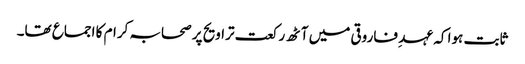
ثابت ہوا کہ عہد ِ فاروقی میں آٹھ رکعت تراویح پر صحابہ کرام کا اجماع تھا۔